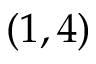
( 1 , 4 )